Reports on dispensaries and lunatic asylums in the Province of Oudh - 1869-1876
Year: 1869
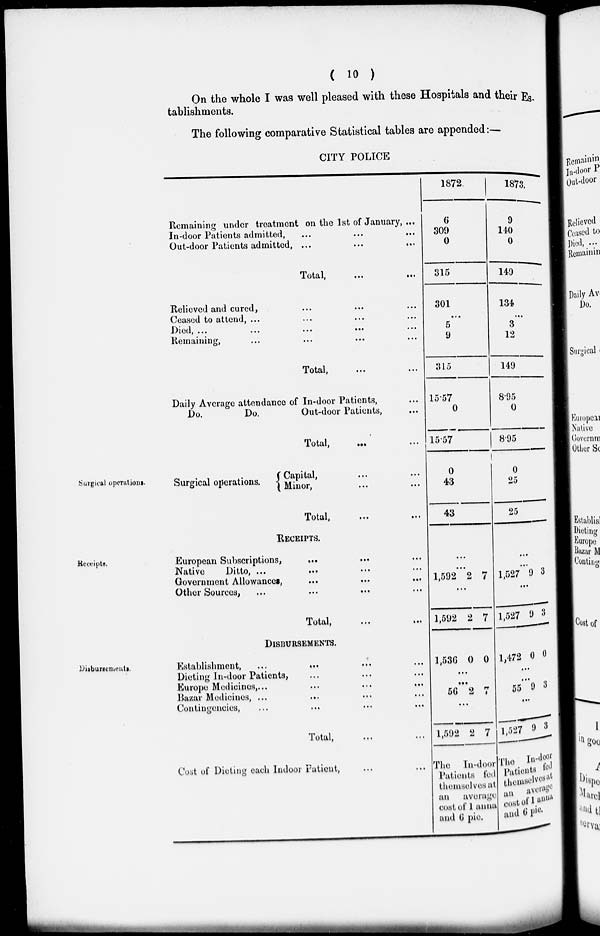
( 10 )
On the whole I was well pleased with these Hospitals and their Es
tablishments.
The following comparative Statistical tables are appended:—
CITY POLICE
Remaining under treatment on the 1st of January, ...
In-door Patients admitted, ... ... ...
Out-door Patients admitted, ...
...
...
Total,
...
...
Relieved and cured, ... ... ...
Ceased to attend, ... ... ... ...
Died ... ... ...
Remaining, ... ... ...
Total, ... ..
Daily Average attendance of In-door Patients, ...
Do.
Do.
Out-door Patients, ..
Total, ... ...
1872
6
309
0
315
301
...
5
9
315
15.57
0
15.57
1873.
9
140
0
149
134
...
3
12
149
8.95
0
8.95
Surgical operations.
Surgical operations.
Capital, ... ...
Minor, ... ...
Total, ... ...
0
43
43
0
25
25
Receipts.
RECEIPTS.
European Subscriptions, ... ... ...
Native
Ditto, ... ... ... ...
Government Allowances, ... ... ...
Other Sources, ... ... ...
Total,
...
...
...
...
1,592 2 7
...
1,592 2 7
...
...
1,527 9 3
...
1,527 9 3
Disbursements.
DISBURSEMENTS.
Establishment,
...
...
...
Dieting In-door Patients, ... ... ...
Europe Medicines, ... ... ...
Bazar Medicines, ... ... ...
Contingencies, ... ... ... ...
Total, ... ...
Cost of Dieting each Indoor Patient, ... ...
1,536 0 0
...
...
56 2 7
...
1,592 2 7
The In-door
Patients fed
themselves at
an average
cost of 1 anna
and 6 pie.
1,472 0 0
...
...
55
9 3
...
1,527 9 3
The In-door
Patients fed
themselves at
an average
cost of 1 annam
and 6 Pie.